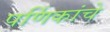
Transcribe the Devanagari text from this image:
पर्णिकांचे